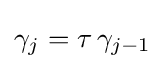
\gamma _{j}=\tau \,\gamma _{j-1}